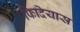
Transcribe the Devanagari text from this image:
फिदियास